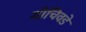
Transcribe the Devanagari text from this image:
गोचिवडे